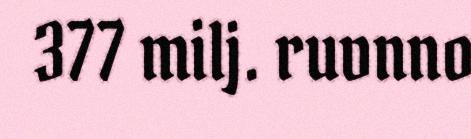
377 milj. ruvnno